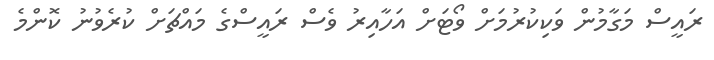
ރައީސް މަގާމުން ވަކިކުރުމަށް ވޯޓަށް އަހާއިރު ވެސް ރައީސްގެ މައްޗަށް ކުރެވުނު ކޮންމެ